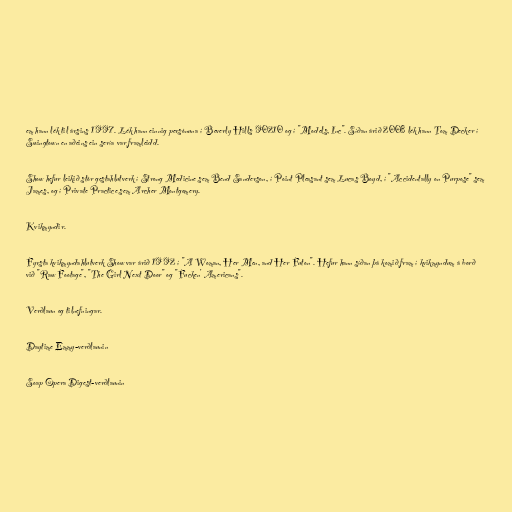
em hann lék til ársins 1997. Lék hann einnig persónuna í Beverly Hills 90210 og í "Models, Inc". Síðan árið 2008 lék hann Tom Decker í
Swingtown en aðeins ein sería var framleidd.

Show hefur leikið stór gestahlutverk í Strong Medicine sem Bend Sanderson, í Point Pleasant sem Lucas Boyd, í "Accidentally on Purpose" sem
James, og í Private Practice sem Archer Montgomery.

Kvikmyndir.

Fyrsta kvikmyndahlutverk Show var árið 1992 í "A Woman, Her Men, and Her Futon". Hefur hann síðan þá komið fram í kvikmyndum á borð
við "Raw Footage", "The Girl Next Door" og "Fucken' Americans".

Verðlaun og tilnefningar.

Daytime Emmy-verðlaunin

Soap Opera Digest-verðlaunin